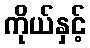
ကိုယ်နှင့်